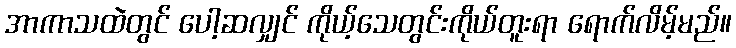
အာကာသထဲတွင် ပေါ့ဆလျှင် ကိုယ့်သေတွင်းကိုယ်တူးရာ ရောက်လိမ့်မည်။